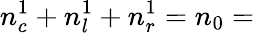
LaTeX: n_{c}^{1}+n_{l}^{1}+n_{r}^{1}=n_{0}=